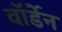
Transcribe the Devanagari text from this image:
वाॅर्डेन